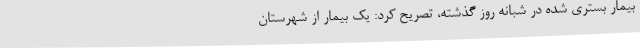
بیمار بستری شده در شبانه روز گذشته، تصریح کرد: یک بیمار از شهرستان